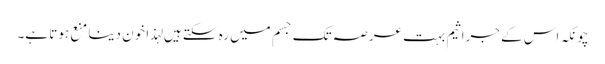
چونکہ اس کے جراثیم بہت عرصہ تک جسم میں رہ سکتے ہیں لہذا خون دینا منع ہوتا ہے۔